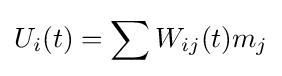
U_{i}(t)=\sum W_{ij}(t)m_{j}